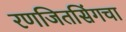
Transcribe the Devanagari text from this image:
रणजितसिंगचा